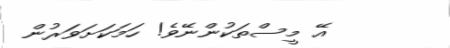
އޭ މީސްތަކުންނޭވެ! ހަމަކަށަވަރުން